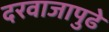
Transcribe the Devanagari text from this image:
दरवाजापुढे